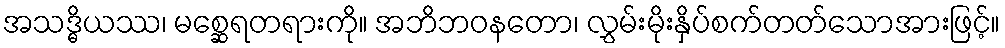
အသဒ္ဓိယဿ၊ မစ္ဆေရတရားကို။ အဘိဘဝနတော၊ လွှမ်းမိုးနှိပ်စက်တတ်သောအားဖြင့်။